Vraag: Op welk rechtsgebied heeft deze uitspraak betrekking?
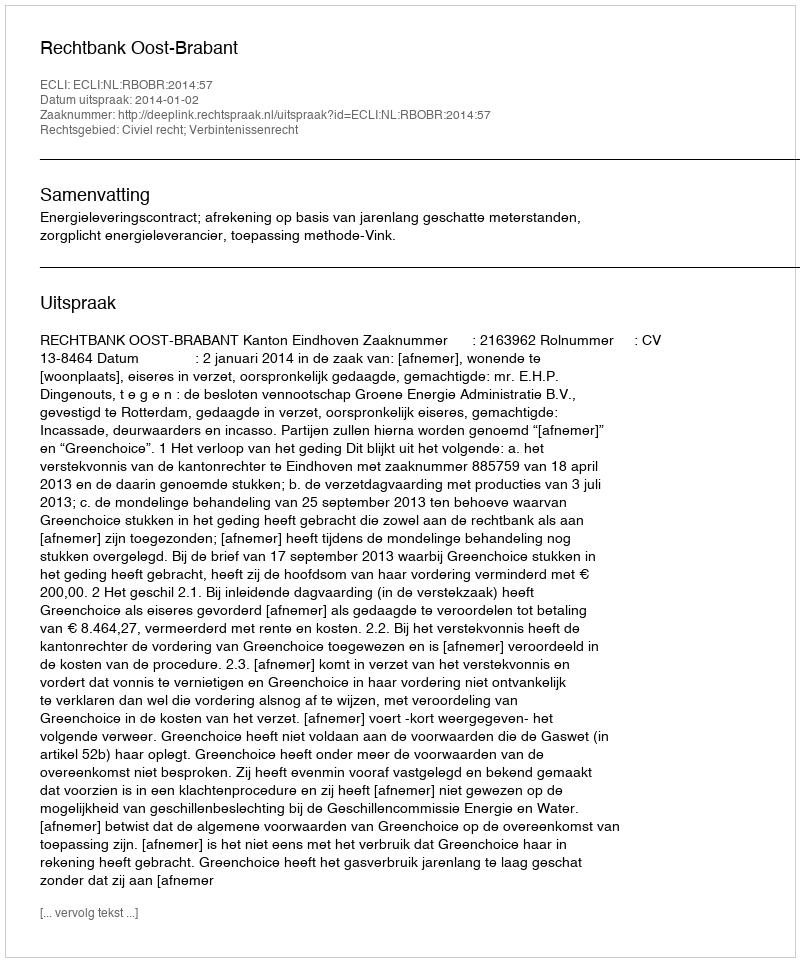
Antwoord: Civiel recht; Verbintenissenrecht